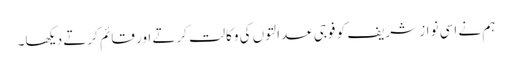
ہم نے اسی نواز شریف کو فوجی عدالتوں کی وکالت کرتے اور قائم کرتے دیکھا۔